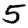
Digit: 5